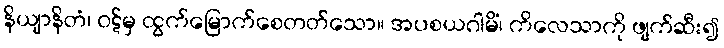
နိယျာနိတံ၊ ဝဋ်မှ ထွက်မြောက်စေတတ်သော။ အပစယဂါမိံ၊ ကိလေသာကို ဖျက်ဆီး၍